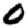
Digit: 0